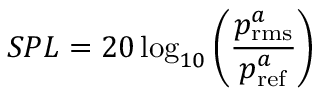
S P L = 2 0 \log _ { 1 0 } \bigg ( \frac { p _ { \mathrm { r m s } } ^ { a } } { p _ { \mathrm { r e f } } ^ { a } } \bigg )